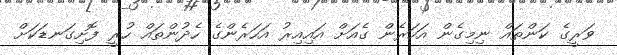
ވަރީގެ ކަންތައް ނިމިގެން އަހަރެން ގެއަށް އައިއިރު އަހަރެންގެ ހެދުންތައް ހުރީ ފޮށިގަނޑަކަށް